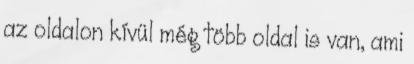
az oldalon kívül még több oldal is van, ami